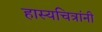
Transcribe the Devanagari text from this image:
हास्यचित्रांनी